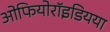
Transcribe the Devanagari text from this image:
ओफियोरॉइडियया